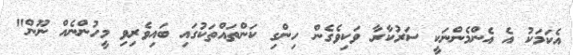
އެކަމަކު އެ އެންމެންނަކީ ސަރުކާރާ ވަކިވެގެން ހިންގި ކަންތައްތަކުގައި ބައިވެރިވި މީހުންނެއް ނޫން"